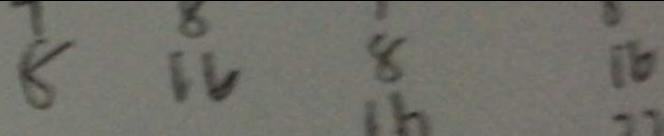
8 1 6 8 1 6